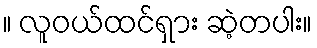
။ လူဝယ်ထင်ရှား ဆဲ့တပါး။